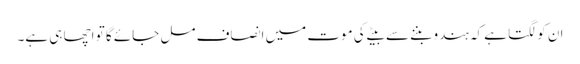
ان کو لگتا ہے کہ ہندو بننے سے بیٹے کی موت میں انصاف مل جائے گا تو اچھا ہی ہے۔